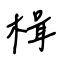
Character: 楫